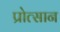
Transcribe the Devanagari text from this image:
प्रोत्सान